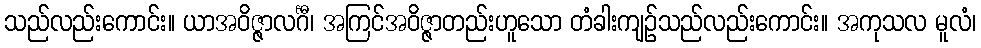
သည်လည်းကောင်း။ ယာအဝိဇ္ဇာလင်္ဂီ၊ အကြင်အဝိဇ္ဇာတည်းဟူသော တံခါးကျဉ်သည်လည်းကောင်း။ အကုသလ မူလံ၊